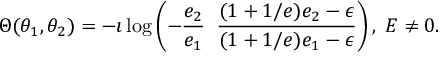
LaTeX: \Theta ( \theta _ { 1 } , \theta _ { 2 } ) = - \imath \log \left( - \frac { e _ { 2 } } { e _ { 1 } } \; \; \frac { ( 1 + 1 / e ) e _ { 2 } - \epsilon } { ( 1 + 1 / e ) e _ { 1 } - \epsilon } \right) , \; E \neq 0 .